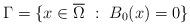
LaTeX: \begin{align*}\Gamma=\{x\in\overline{\Omega}~:~B_0(x)=0\}\end{align*}